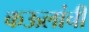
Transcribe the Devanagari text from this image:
कऊलांची